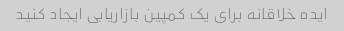
ایده خلاقانه برای یک کمپین بازاریابی ایجاد کنید